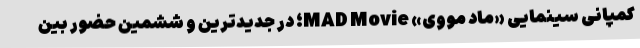
کمپانی سینمایی «ماد مووی» MAD Movie؛ در جدیدترین و ششمین حضور بین